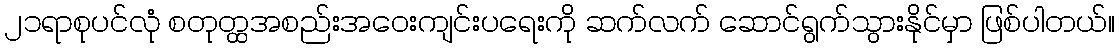
၂၁ရာစုပင်လုံ စတုတ္ထအစည်းအဝေးကျင်းပရေးကို ဆက်လက် ဆောင်ရွက်သွားနိုင်မှာ ဖြစ်ပါတယ်။